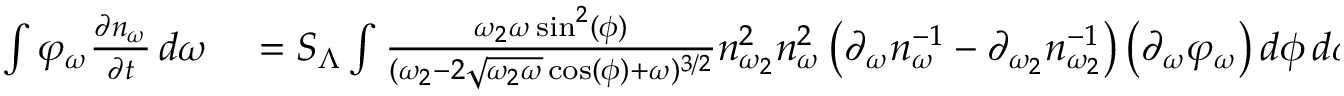
\begin{array} { r l } { \int \varphi _ { \omega } \frac { \partial n _ { \omega } } { \partial t } \, d \omega } & { { } = S _ { \Lambda } \int \frac { \omega _ { 2 } \omega \sin ^ { 2 } ( \phi ) } { ( \omega _ { 2 } - 2 \sqrt { \omega _ { 2 } \omega } \cos ( \phi ) + \omega ) ^ { 3 / 2 } } n _ { \omega _ { 2 } } ^ { 2 } n _ { \omega } ^ { 2 } \left( \partial _ { \omega } n _ { \omega } ^ { - 1 } - \partial _ { \omega _ { 2 } } n _ { \omega _ { 2 } } ^ { - 1 } \right) \left( \partial _ { \omega } \varphi _ { \omega } \right) d \phi \, d \omega _ { 2 } \, d \omega . } \end{array}